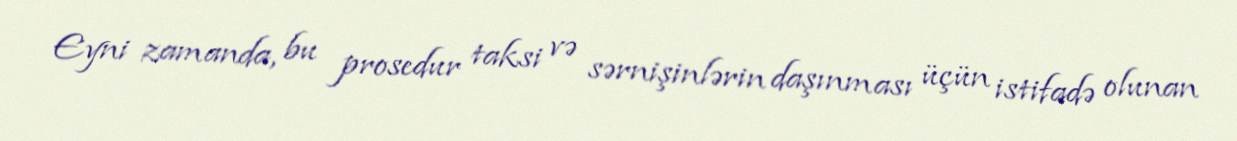
Eyni zamanda, bu prosedur taksi və sərnişinlərin daşınması üçün istifadə olunan